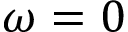
\omega = 0